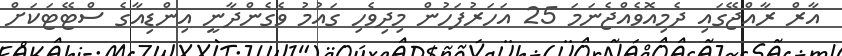
އާރް ރާއްޖޭގައި ދެމިއޮވެއްޖެނަމަ 25 އަހަރުފަހުން މިދިވެހި ގައުމު ވެގެންދާނީ އިންޑިއާގެ ސްޓޭޓަކަށް